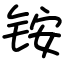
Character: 铵